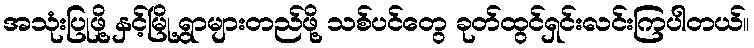
အသုံးပြုဖို့ နှင့်မြို့ရွာများတည်ဖို့ သစ်ပင်တွေ ခုတ်ထွင်ရှင်းလင်းကြပါတယ်။